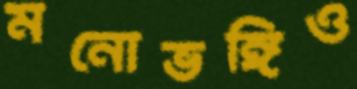
মনোভঙ্গিও